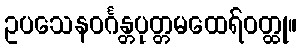
ဥပသေနဝင်္ဂန္တပုတ္တမထေရ်ဝတ္ထု။